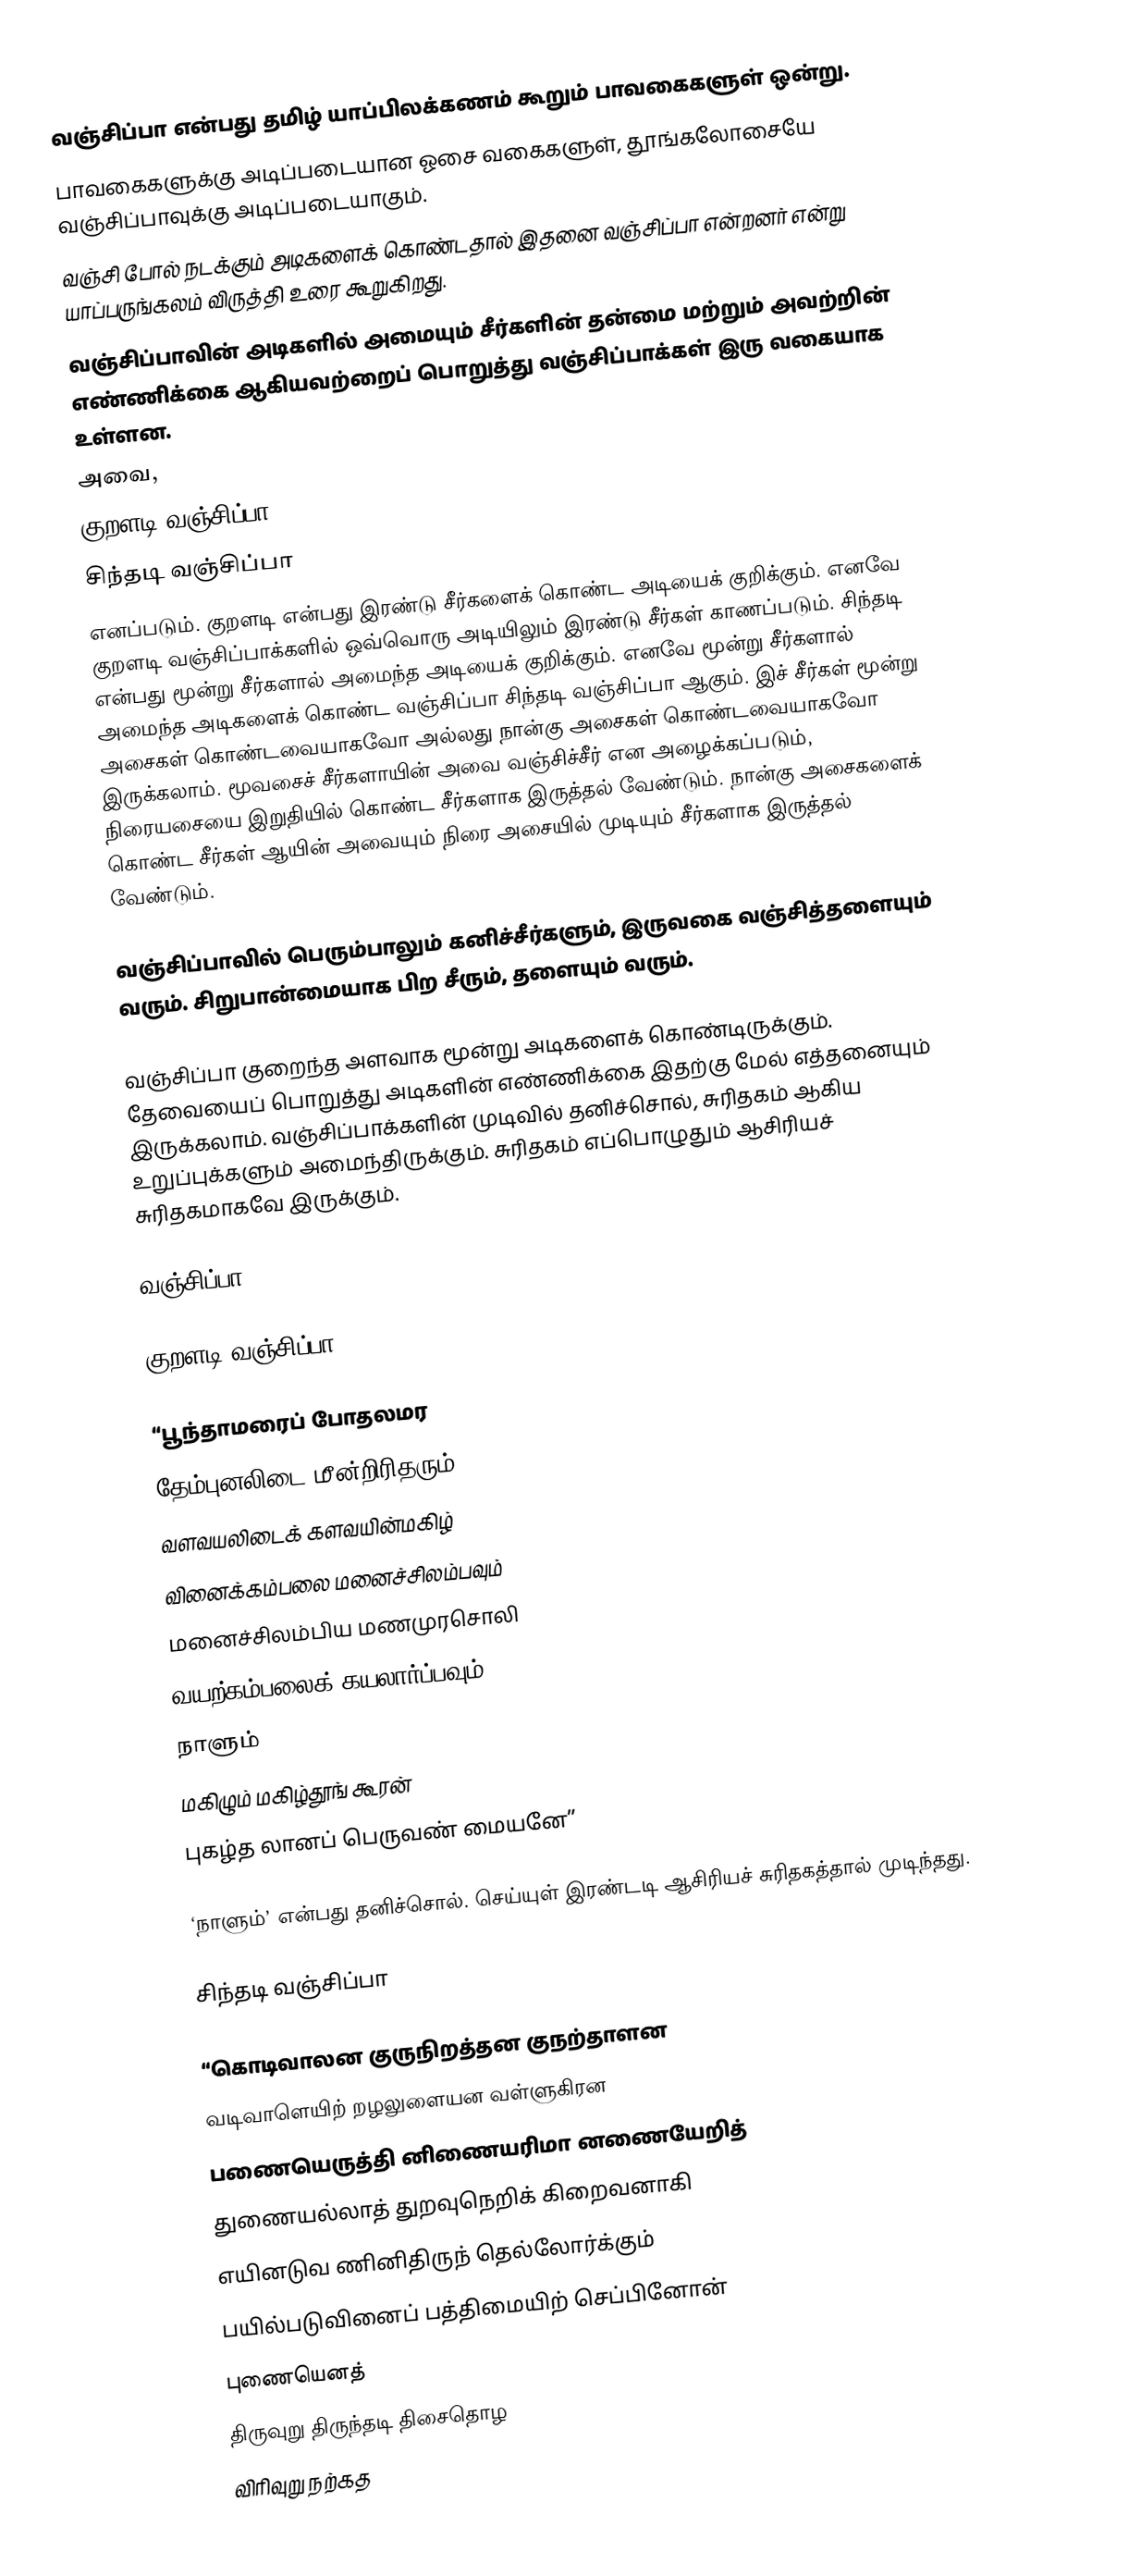
வஞ்சிப்பா என்பது தமிழ் யாப்பிலக்கணம் கூறும் பாவகைகளுள் ஒன்று.
பாவகைகளுக்கு அடிப்படையான ஓசை வகைகளுள், தூங்கலோசையே வஞ்சிப்பாவுக்கு அடிப்படையாகும்.
வஞ்சி போல் நடக்கும் அடிகளைக் கொண்டதால் இதனை வஞ்சிப்பா என்றனர் என்று யாப்பருங்கலம் விருத்தி உரை  கூறுகிறது.
வஞ்சிப்பாவின் அடிகளில் அமையும் சீர்களின் தன்மை மற்றும் அவற்றின் எண்ணிக்கை ஆகியவற்றைப் பொறுத்து வஞ்சிப்பாக்கள் இரு வகையாக உள்ளன.
அவை,
 குறளடி வஞ்சிப்பா
 சிந்தடி வஞ்சிப்பா
எனப்படும். குறளடி என்பது இரண்டு சீர்களைக் கொண்ட அடியைக் குறிக்கும். எனவே குறளடி வஞ்சிப்பாக்களில் ஒவ்வொரு அடியிலும் இரண்டு சீர்கள் காணப்படும். சிந்தடி என்பது மூன்று சீர்களால் அமைந்த அடியைக் குறிக்கும். எனவே மூன்று சீர்களால் அமைந்த அடிகளைக் கொண்ட வஞ்சிப்பா சிந்தடி வஞ்சிப்பா ஆகும். இச் சீர்கள் மூன்று அசைகள் கொண்டவையாகவோ அல்லது நான்கு அசைகள் கொண்டவையாகவோ இருக்கலாம். மூவசைச் சீர்களாயின் அவை வஞ்சிச்சீர் என அழைக்கப்படும், நிரையசையை இறுதியில் கொண்ட சீர்களாக இருத்தல் வேண்டும். நான்கு அசைகளைக் கொண்ட சீர்கள் ஆயின் அவையும் நிரை அசையில் முடியும் சீர்களாக இருத்தல் வேண்டும்.

வஞ்சிப்பாவில் பெரும்பாலும் கனிச்சீர்களும், இருவகை வஞ்சித்தளையும் வரும். சிறுபான்மையாக பிற சீரும், தளையும் வரும்.

வஞ்சிப்பா குறைந்த அளவாக மூன்று அடிகளைக் கொண்டிருக்கும். தேவையைப் பொறுத்து அடிகளின் எண்ணிக்கை இதற்கு மேல் எத்தனையும் இருக்கலாம். வஞ்சிப்பாக்களின் முடிவில் தனிச்சொல், சுரிதகம் ஆகிய உறுப்புக்களும் அமைந்திருக்கும். சுரிதகம் எப்பொழுதும் ஆசிரியச் சுரிதகமாகவே இருக்கும்.

வஞ்சிப்பா

குறளடி வஞ்சிப்பா

 “பூந்தாமரைப் போதலமர
 தேம்புனலிடை மீன்றிரிதரும்
 வளவயலிடைக் களவயின்மகிழ்
 வினைக்கம்பலை மனைச்சிலம்பவும்
 மனைச்சிலம்பிய மணமுரசொலி
 வயற்கம்பலைக் கயலார்ப்பவும்
 நாளும்
 மகிழும் மகிழ்தூங் கூரன்
 புகழ்த லானப் பெருவண் மையனே”

‘நாளும்’ என்பது தனிச்சொல். செய்யுள் இரண்டடி ஆசிரியச் சுரிதகத்தால் முடிந்தது.

 சிந்தடி வஞ்சிப்பா

  “கொடிவாலன குருநிறத்தன குநற்தாளன
   வடிவாளெயிற் றழலுளையன வள்ளுகிரன
   பணையெருத்தி னிணையரிமா னணையேறித்
   துணையல்லாத் துறவுநெறிக் கிறைவனாகி
   எயினடுவ ணினிதிருந் தெல்லோர்க்கும்
   பயில்படுவினைப் பத்திமையிற் செப்பினோன்
   புணையெனத்
   திருவுறு திருந்தடி திசைதொழ
   விரிவுறு நற்கத